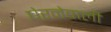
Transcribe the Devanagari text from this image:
घेरनेवाली